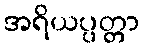
အရိယပ္ပတ္တာ